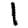
Digit: 1